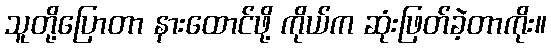
သူတို့ပြောတာ နားထောင်ဖို့ ကိုယ်က ဆုံးဖြတ်ခဲ့တာကိုး။